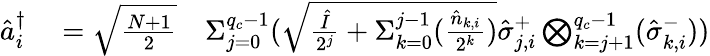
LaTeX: \begin{array}{rlr}{\hat{a}_{i}^{\dagger}}&{{}=\sqrt{\frac{N+1}{2}}}&{{\Sigma}_{j=0}^{q_{c}-1}(\sqrt{\frac{\hat{I}}{2^{j}}+{\Sigma}_{k=0}^{j-1}(\frac{\hat{n}_{k,i}}{2^{k}})}\hat{\sigma}_{j,i}^{+}\bigotimes_{k=j+1}^{q_{c}-1}(\hat{\sigma}_{k,i}^{-}))}\end{array}